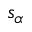
s _ { \alpha }